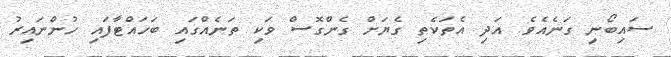
ސައިބޯނި ގަނެއެވެ. އަދި އެތަކެތި ގެޔަށް ގެންގޮސް ވަކި ތަނެއްގައި ބަހައްޓާފައި ހުންނައިރު